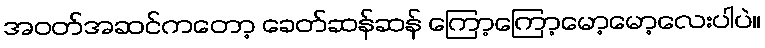
အဝတ်အဆင်ကတော့ ခေတ်ဆန်ဆန် ကြော့ကြော့မော့မော့လေးပါပဲ။